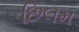
છિલમ